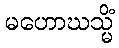
မဟောဃသ္မိံ